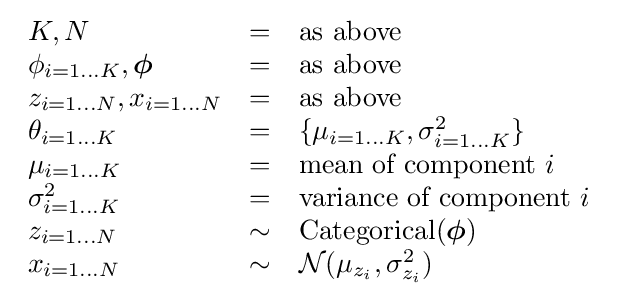
{\begin{array}{lcl}K,N&=&{\text{as above}}\\\phi _{i=1\dots K},{\boldsymbol {\phi }}&=&{\text{as above}}\\z_{i=1\dots N},x_{i=1\dots N}&=&{\text{as above}}\\\theta _{i=1\dots K}&=&\{\mu _{i=1\dots K},\sigma _{i=1\dots K}^{2}\}\\\mu _{i=1\dots K}&=&{\text{mean of component }}i\\\sigma _{i=1\dots K}^{2}&=&{\text{variance of component }}i\\z_{i=1\dots N}&\sim &\operatorname {Categorical} ({\boldsymbol {\phi }})\\x_{i=1\dots N}&\sim &{\mathcal {N}}(\mu _{z_{i}},\sigma _{z_{i}}^{2})\end{array}}